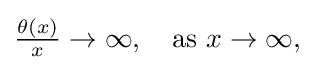
{\textstyle {\frac {\theta (x)}{x}}\to \infty ,\quad {\text{as }}x\to \infty ,}